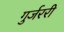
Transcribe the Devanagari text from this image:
गुर्जररी